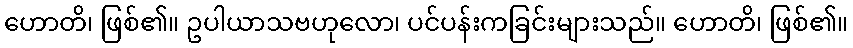
ဟောတိ၊ ဖြစ်၏။ ဥပါယာသဗဟုလော၊ ပင်ပန်းကခြင်းများသည်။ ဟောတိ၊ ဖြစ်၏။